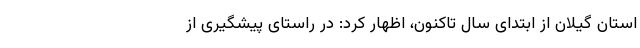
استان گیلان از ابتدای سال تاکنون، اظهار کرد: در راستای پیشگیری از